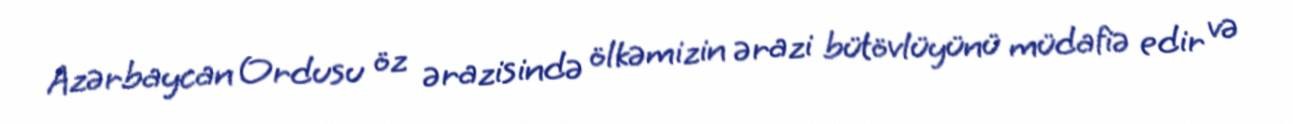
Azərbaycan Ordusu öz ərazisində ölkəmizin ərazi bütövlüyünü müdafiə edir və